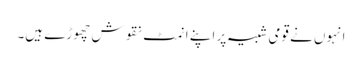
انہوں نے قومی شبیہ پر اپنے انمٹ نقوش چھوڑے ہیں۔